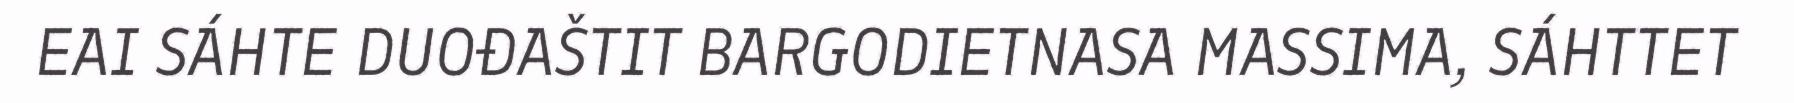
EAI SÁHTE DUOĐAŠTIT BARGODIETNASA MASSIMA, SÁHTTET